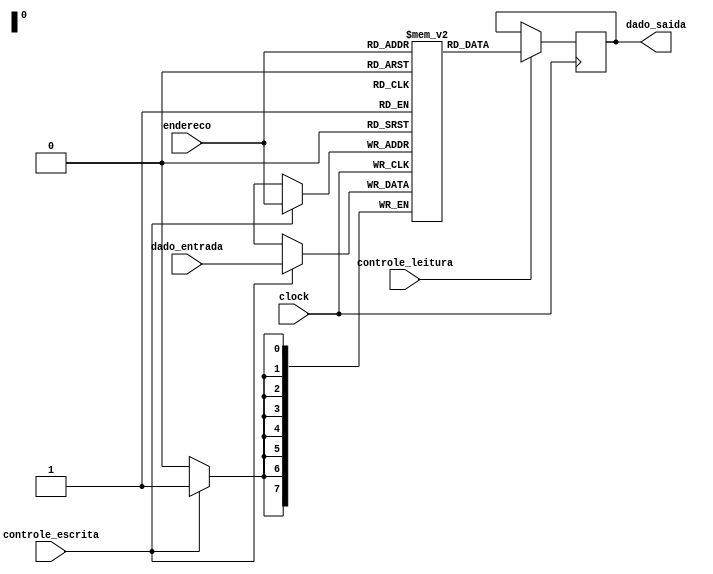
module memory(clock,endereco,controle_escrita,controle_leitura,dado_entrada,dado_saida);
	
	input clock,controle_escrita,controle_leitura;
	input [7:0]endereco,dado_entrada;
	output [7:0]dado_saida;
	
	reg [7:0]line;
	reg[7:0]memdata[255:0];

	assign dado_saida=line;

	always @(negedge clock) begin  //leitura
		if(controle_leitura)
			line = memdata[endereco];
	end
	
	always @(posedge clock) begin  //escrita
		if(controle_escrita)
			memdata[endereco]=dado_entrada;
	end	
endmodule